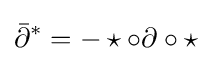
{\bar {\partial }}^{*}=-\star \circ \partial \circ \star